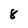
Character: 8